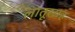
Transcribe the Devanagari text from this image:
लातूरसह